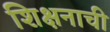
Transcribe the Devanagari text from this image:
शिक्षनाची